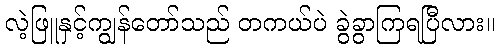
လဲ့ဖြူနှင့်ကျွန်တော်သည် တကယ်ပဲ ခွဲခွာကြရပြီလား။